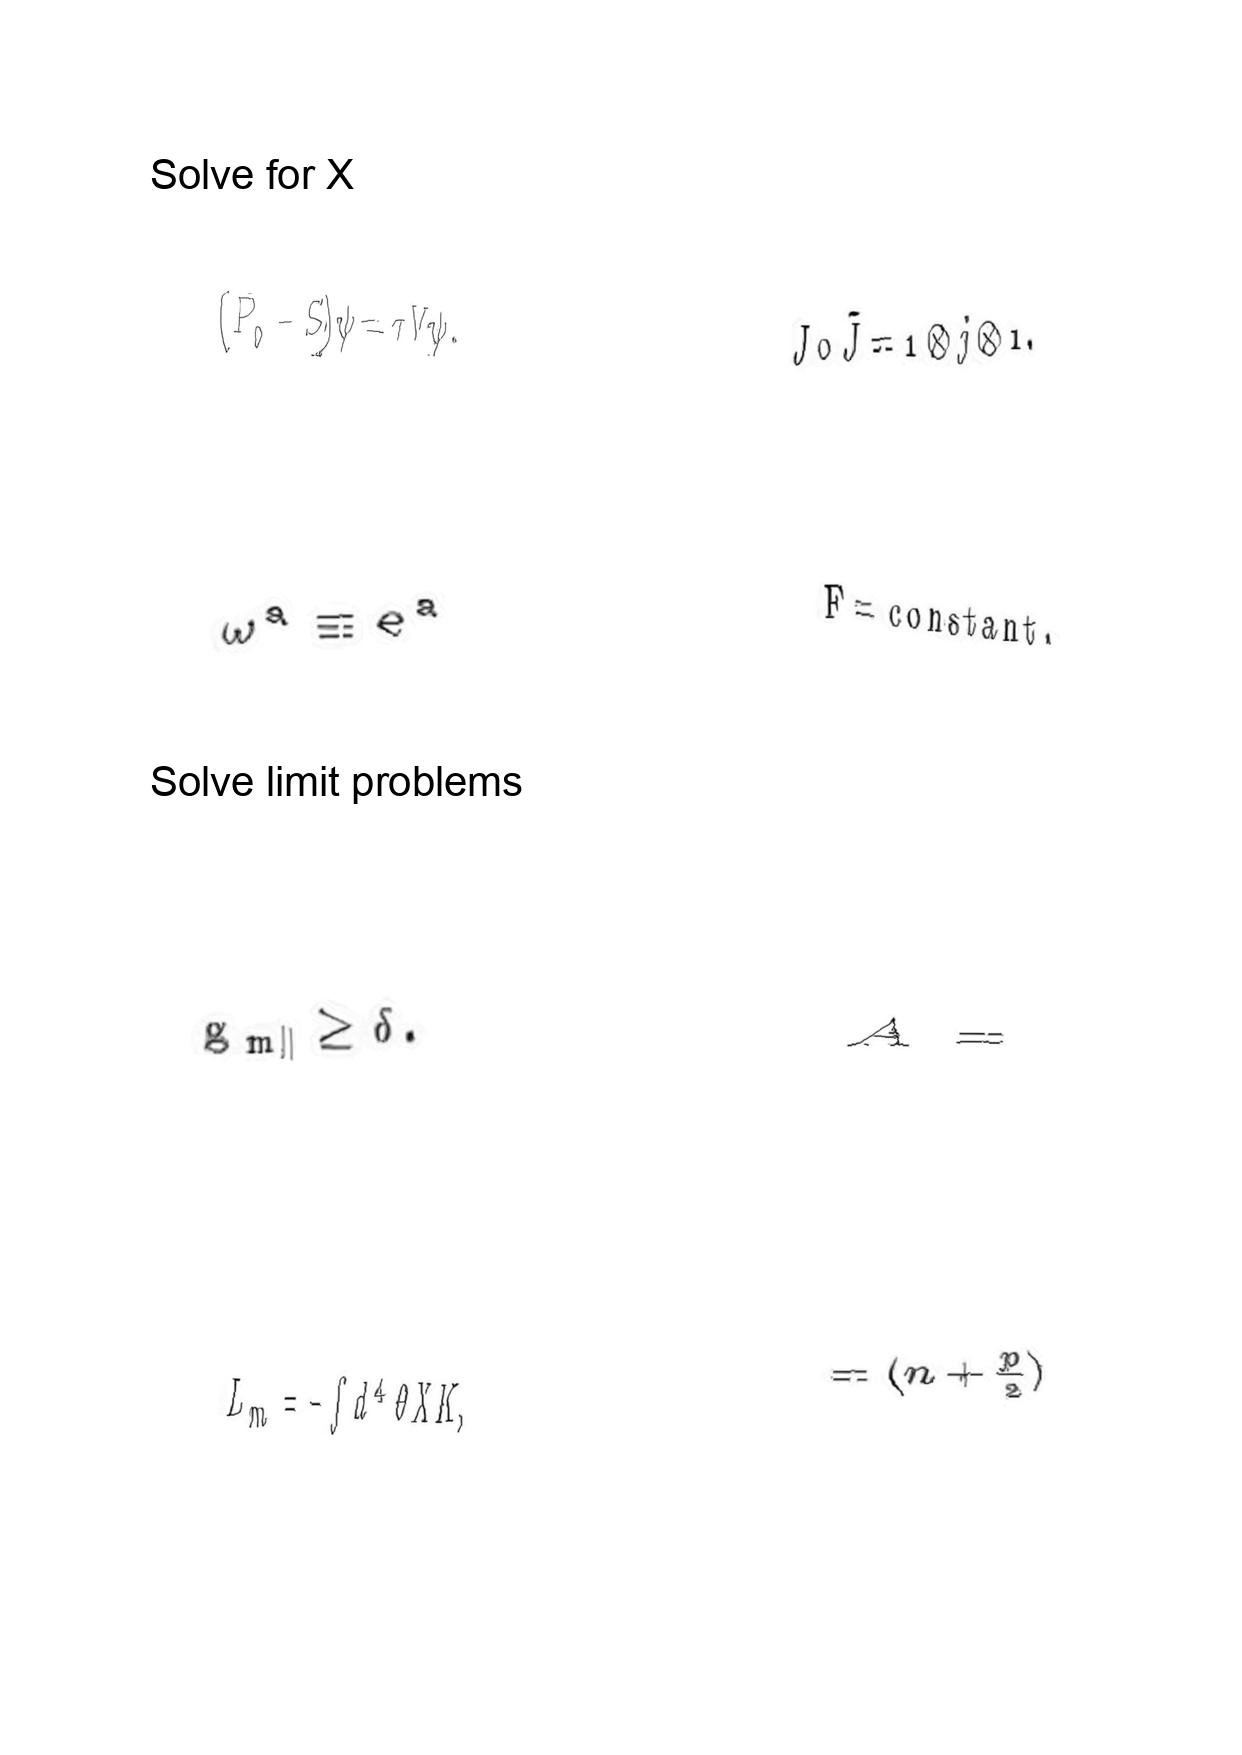
LaTeX transcription:
\lparen P _ { 0 } - S \rparen \psi = \tau V \psi .
\omega ^ { a } \equiv e ^ { a }
g _ { m \parallel } \geq \delta .
L _ { m } = - \int d ^ { 4 } \theta X K ,
J \circ \tilde { J } = 1 \otimes j \otimes 1 .
F = \mathrm { c o n s t a n t } .
A =
= \lparen n + \frac { p } { 2 } \rparen